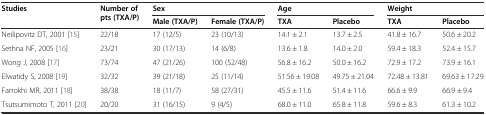
<table><thead><tr><td rowspan="2"><b>Studies</b></td><td rowspan="2"><b>Number of pts (TXA/P)</b></td><td colspan="2"><b>Sex</b></td><td colspan="2"><b>Age</b></td><td colspan="2"><b>Weight</b></td></tr><tr><td><b>Male (TXA/P)</b></td><td><b>Female (TXA/P)</b></td><td><b>TXA</b></td><td><b>Placebo</b></td><td><b>TXA</b></td><td><b>Placebo</b></td></tr></thead><tbody><tr><td>Neilipovitz DT, 2001 [15]</td><td>22/18</td><td>17 (12/5)</td><td>23 (10/13)</td><td>14.1 ± 2.1</td><td>13.7 ± 2.5</td><td>41.8 ± 16.7</td><td>50.6 ± 20.2</td></tr><tr><td>Sethna NF, 2005 [16]</td><td>23/21</td><td>30 (17/13)</td><td>14 (6/8)</td><td>13.6 ± 1.8</td><td>14.0 ± 2.0</td><td>59.4 ± 18.3</td><td>52.4 ± 15.7</td></tr><tr><td>Wong J, 2008 [17]</td><td>73/74</td><td>47 (21/26)</td><td>100 (52/48)</td><td>56.8 ± 16.2</td><td>50.0 ± 16.2</td><td>72.9 ± 17.2</td><td>73.9 ± 16.1</td></tr><tr><td>Elwatidy S, 2008 [19]</td><td>32/32</td><td>39 (21/18)</td><td>25 (11/14)</td><td>51.56 ± 19.08</td><td>49.75 ± 21.04</td><td>72.48 ± 13.81</td><td>69.63 ± 17.29</td></tr><tr><td>Farrokhi MR, 2011 [18]</td><td>38/38</td><td>18 (11/7)</td><td>58 (27/31)</td><td>45.5 ± 11.6</td><td>51.4 ± 11.6</td><td>66.6 ± 9.9</td><td>66.9 ± 9.4</td></tr><tr><td>Tsutsumimoto T, 2011 [20]</td><td>20/20</td><td>31 (16/15)</td><td>9 (4/5)</td><td>68.0 ± 11.0</td><td>65.8 ± 11.8</td><td>59.6 ± 8.3</td><td>61.3 ± 10.2</td></tr></tbody></table>